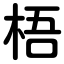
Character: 梧